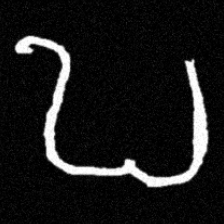
Pyu character \u2014 Myanmar letter: ဎ (romanized: ddha)